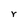
Character: r